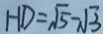
H D = \sqrt { 5 } - \sqrt { 3 }